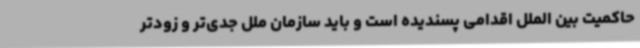
حاکمیت بین الملل اقدامی پسندیده است و باید سازمان ملل جدی‌تر و زودتر